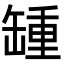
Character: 𦉂